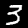
Digit: 3